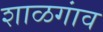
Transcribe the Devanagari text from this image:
शाळगांव